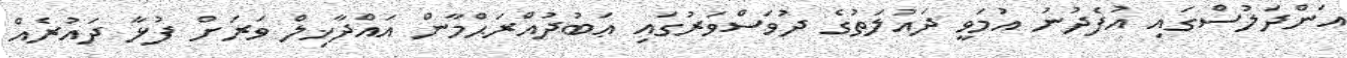
އަންދަލުސްގައި އުފެދުނު އުމަވީ ދައުލަތުގެ ދުވަސްވަރުގައި ޢަބުދުއްރަޙްމާން އައްދާޚިލް ވަރަށް ފުޅާ ދައުރެއް